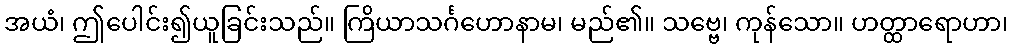
အယံ၊ ဤပေါင်း၍ယူခြင်းသည်။ ကြိယာသင်္ဂဟောနာမ၊ မည်၏။ သဗ္ဗေ၊ ကုန်သော။ ဟတ္ထာရောဟာ၊